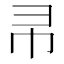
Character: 𭘒